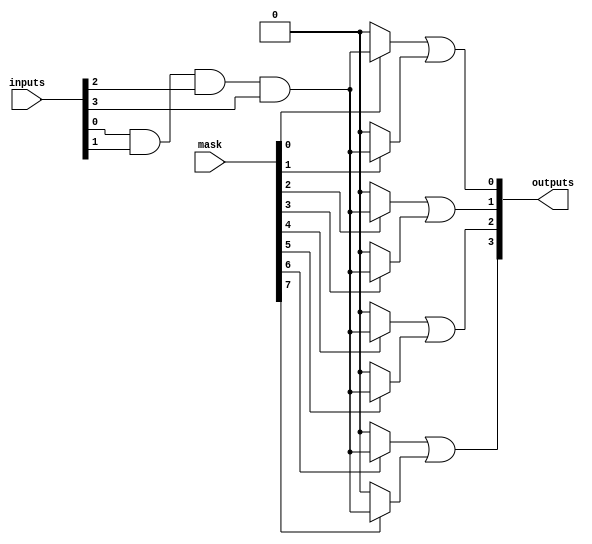
module masked_pal #(
    parameter NUM_INPUTS = 4, // Number of inputs
    parameter NUM_AND_GATES = 8, // Number of AND gates
    parameter NUM_OR_GATES = 4 // Number of OR gates
) (
    input wire [NUM_INPUTS-1:0] inputs,  // Input signals
    input wire [NUM_AND_GATES-1:0] mask,   // Mask to program AND gates
    output wire [NUM_OR_GATES-1:0] outputs // Output signals
);

    // Internal wire to connect AND gates
    wire [NUM_AND_GATES-1:0] and_outputs;

    // Programmable AND array
    genvar i, j;
    generate
        for (i = 0; i < NUM_AND_GATES; i = i + 1) begin : and_gate_array
            wire [NUM_INPUTS-1:0] and_inputs; // Inputs for the AND gate
            assign and_inputs = {inputs[NUM_INPUTS-1], inputs[NUM_INPUTS-2], inputs[NUM_INPUTS-3], inputs[NUM_INPUTS-4]}; // Direct assignment

            // Create AND gate based on the mask
            assign and_outputs[i] = mask[i] ? 
                (and_inputs[0] & and_inputs[1] & and_inputs[2] & and_inputs[3]) : 0; // Example logic
        end
    endgenerate

    // Fixed OR array
    generate
        for (j = 0; j < NUM_OR_GATES; j = j + 1) begin : or_gate_array
            assign outputs[j] = or_logic(j); // OR outputs from AND gates
        end
    endgenerate

    // Function to implement OR logic based on AND outputs
    function or_logic;
        input integer or_index;
        begin
            case (or_index)
                0: or_logic = and_outputs[0] | and_outputs[1];
                1: or_logic = and_outputs[2] | and_outputs[3];
                2: or_logic = and_outputs[4] | and_outputs[5];
                3: or_logic = and_outputs[6] | and_outputs[7];
                default: or_logic = 1'b0; // Default case
            endcase
        end
    endfunction

endmodule